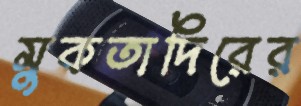
মুকতাদিরের